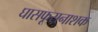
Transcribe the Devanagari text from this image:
घासफूसनाशक